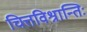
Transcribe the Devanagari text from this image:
चित्तविश्रान्तिः